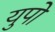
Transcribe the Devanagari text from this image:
युपो